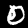
Label: 0